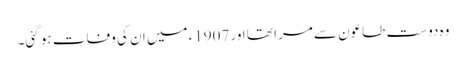
وہ دوست طاعون سے مرا تھا اور 1907ء میں ان کی وفات ہو گئی۔